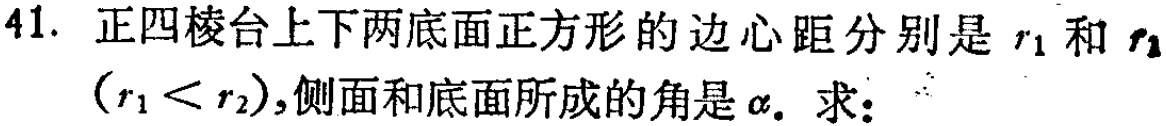
41. 正四棱台上下两底面正方形的边心距分别是\(r_1\)和\(r_2\)（\(r_1 < r_2\)）,侧面和底面所成的角是\(\alpha\). 求：